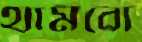
থামবো